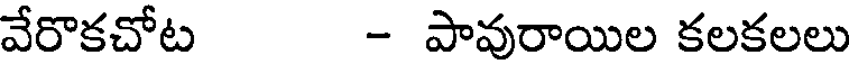
వేరాకచోట - పావురాయిల కలకలలు